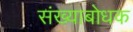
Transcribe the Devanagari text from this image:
संख्याबोधक